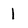
Character: 1